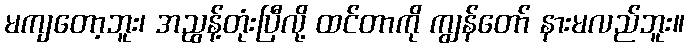
မကျတော့ဘူး၊ အညွန့်တုံးပြီလို့ ထင်တာကို ကျွန်တော် နားမလည်ဘူး။